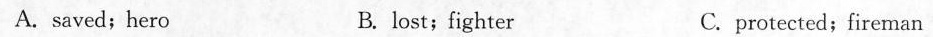
A.saved;hero B. lost;fighter C. protected;fireman